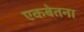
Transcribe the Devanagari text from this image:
एकबेतना